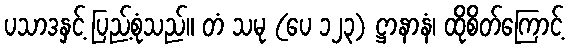
ပသာဒနှင့် ပြည့်စုံသည်။ တံ သမု (ပေ ၁၂၃) ဋ္ဌာနာနံ၊ ထိုစိတ်ကြောင့်